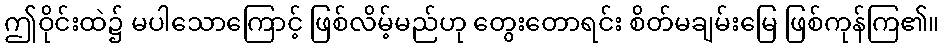
ဤဝိုင်းထဲ၌ မပါသောကြောင့် ဖြစ်လိမ့်မည်ဟု တွေးတောရင်း စိတ်မချမ်းမြေ ဖြစ်ကုန်ကြ၏။